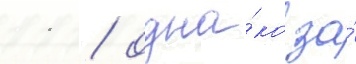
11 / одна́ко за́